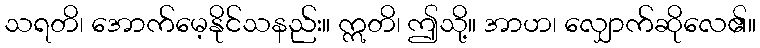
သရတိ၊ အောက်မေ့နိုင်သနည်း။ ဣတိ၊ ဤသို့။ အာဟ၊ လျှောက်ဆိုလေ၏။